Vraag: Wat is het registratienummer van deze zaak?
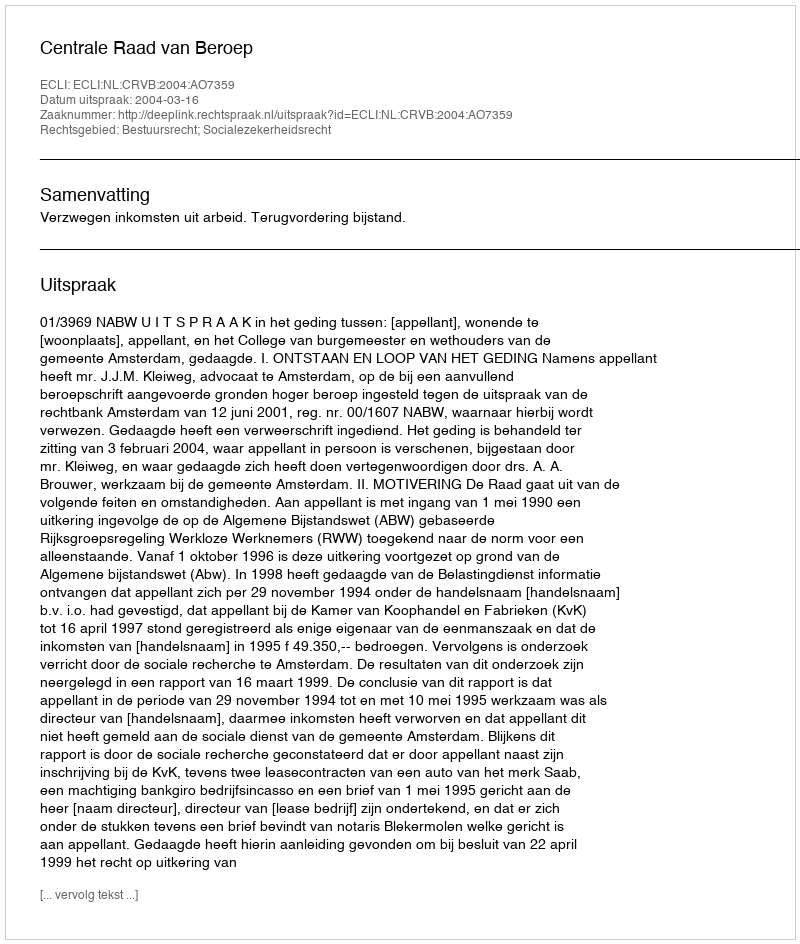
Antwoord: http://deeplink.rechtspraak.nl/uitspraak?id=ECLI:NL:CRVB:2004:AO7359